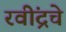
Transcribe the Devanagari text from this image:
रवींद्रचे